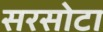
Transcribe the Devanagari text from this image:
सरसोटा